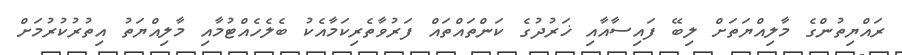
ރައްޔިތުންގެ މާލިއްޔަތަށް ލިބޭ ފައިސާއާއި ޚަރުދުގެ ކަންތައްތައް ފަރުވާތެރިކަމާއެކު ބެލެހެއްޓުމާއި މާލިއްޔަތު އިތުރުކުރުމަށް